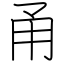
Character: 甬